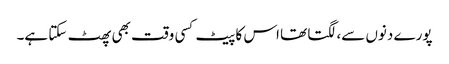
پورے دنوں سے، لگتا تھا اس کا پیٹ کسی وقت بھی پھٹ سکتا ہے۔